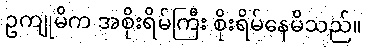
ဥကျုမိက အစိုးရိမ်ကြီး စိုးရိမ်နေမိသည်။